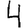
Digit: 4